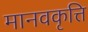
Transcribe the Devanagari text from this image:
मानवकृत्ति